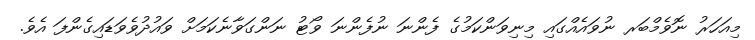
މިއަހަރު ނޮވެމްބަރ ނުވައެއްގައި މިނިވަންކަމުގެ ފެންނަ ނުފެންނަ ވޯޓު ނަންގަވާނެކަމަށް ވައުދުވެވަޑައިގެންފަ އެވެ.